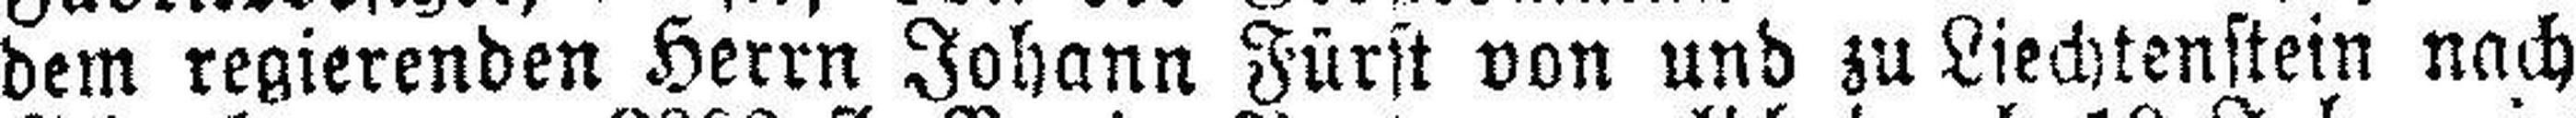
dem regierenden Herrn Johann Fürst von und zu Liechtenstein nach